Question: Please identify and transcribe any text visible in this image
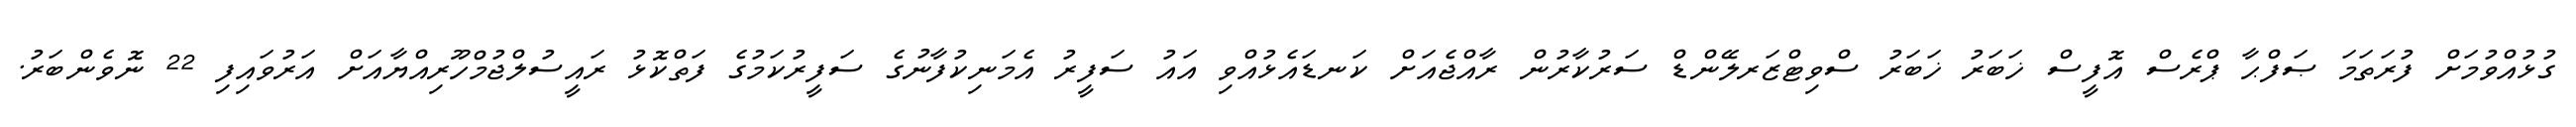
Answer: ގުޅުއްވުމަށް ފުރަތަމަ ޞަފްޙާ ޕްރެސް އޮފީސް ޚަބަރު ޚަބަރު ސްވިޓްޒަރލޭންޑް ސަރުކާރުން ރާއްޖެއަށް ކަނޑައެޅުއްވި އައު ސަފީރު އެމަނިކުފާނުގެ ސަފީރުކަމުގެ ފަތްކޮޅު ރައީސުލްޖުމްހޫރިއްޔާއަށް އަރުވައިފި 22 ނޮވެންބަރު.